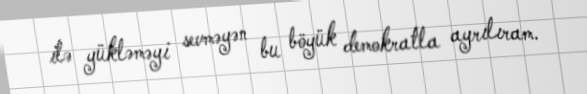
ilə yükləməyi sevməyən bu böyük demokratla ayrılıram.